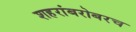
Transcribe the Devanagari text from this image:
शहरांबरोबरच